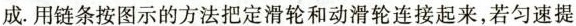
成. 用链条按图示的方法把定滑轮和动滑轮连接起来，若匀速提